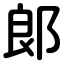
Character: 郞